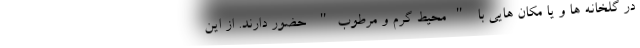
در گلخانه ها و یا مکان هایی با "محیط گرم و مرطوب" حضور دارند. از این